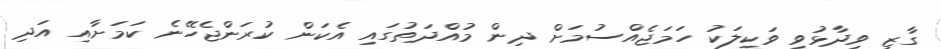
ގާޒީ ވިދާޅުވީ ވަކީލަކު ހަމަޖެއްސުމަށް ދިން މުއްދަތުގައި އެކަން ކުރަންޖެހޭނެ ކަމަށާއި އަދި